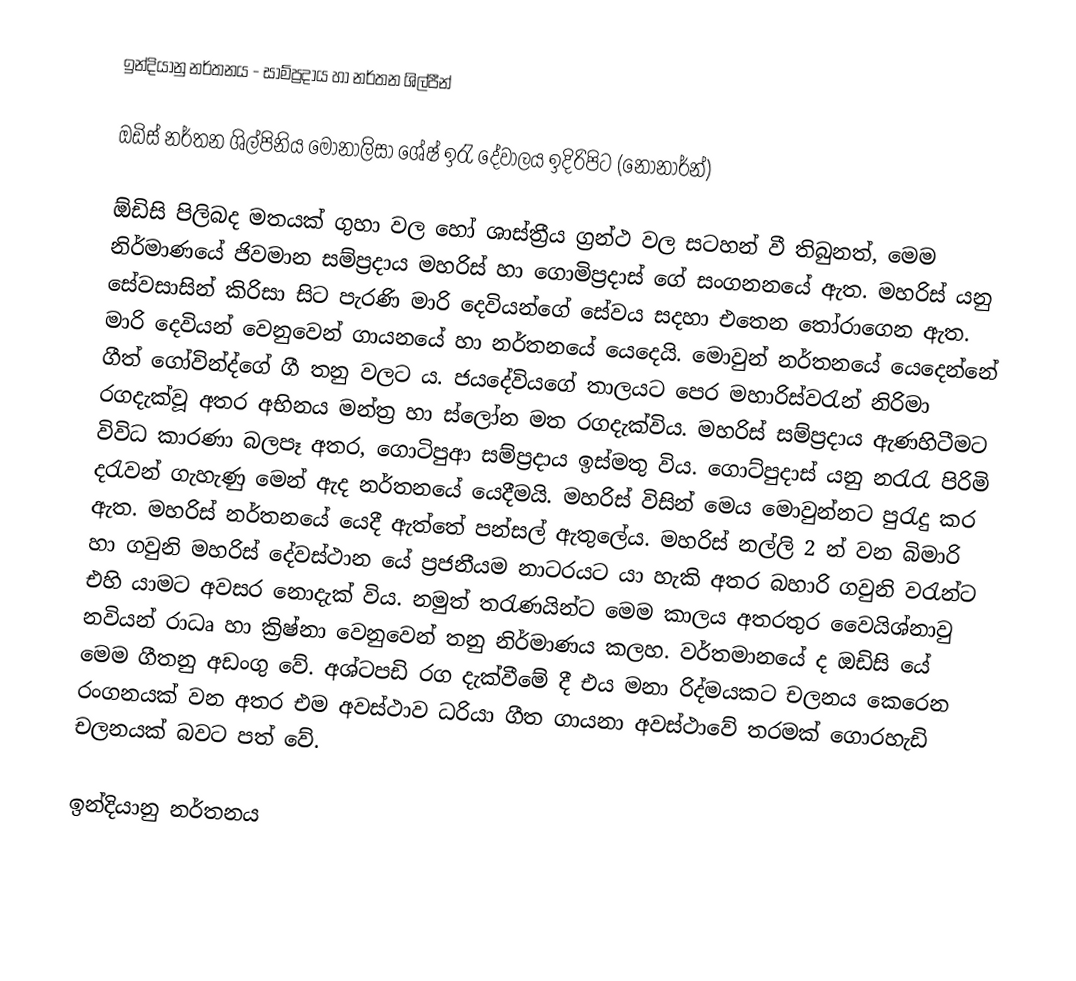
ඉන්දියානු නර්තනය - සාම්ප්‍රදාය හා  නර්තන ශිල්පීන්

ඔඩිස් නර්තන ශිල්පිනිය මොනාලිසා ශේෂ් ඉරැ දේවාලය ඉදිරිපිට (නෝනාර්න්)

ඕඩිසි පිලිබද මතයක් ගුහා වල හෝ ශාස්ත්‍රීය ග්‍රන්ථ වල ස‍ටහන් වී තිබුනත්, මෙම නිර්මාණයේ ජිවමාන සම්ප්‍රදාය මහරිස් හා ගොමිප්‍රදාස් ගේ සංගන‍නයේ ඇත. මහරිස් යනු සේවසාසින් කිරිසා සිට පැරණි මාරි දෙවියන්ගේ සේවය  සදහා එතෙන තෝරාගෙන ඇත. මාරි දෙවියන් වෙනුවෙන් ගායනයේ හා නර්තනයේ යෙදෙයි. මොවුන් නර්තනයේ යෙදෙන්නේ ගීත් ගෝවින්ද්ගේ ගී තනු වලට ය. ජයදේවියගේ තාලයට පෙර මහාරිස්වරැන් නිරිමා රගදැක්වූ අතර අභිනය මන්ත්‍ර හා ස්ලෝන  මත රගදැක්විය. මහරිස් සම්ප්‍රදාය ඇණහිටීමට විවිධ කාරණා බලපෑ අතර, ගොටිපුආ  සම්ප්‍රදාය ඉස්මතු විය. ගොට්පුදාස් යනු නරැරැ පිරිමි දරැවන් ගැහැණු මෙන් ඇද නර්තනයේ  යෙදීමයි. මහරිස් විසින් මෙය මොවුන්නට පුරැදු කර ඇත. මහරිස් නර්තනයේ යෙදී ඇත්තේ පන්සල් ඇතුලේය. මහරිස් නල්ලි 2 න් වන බිමාරි හා ගවුනි මහරිස් දේවස්ථාන යේ ප්‍රජනීයම නාටරයට යා හැකි අතර බහාරි ගවුනි වරැන්ට එහි යාමට අවසර නොදැක් විය. නමුත් තරැණයින්ට මෙම  කාලය  අතරතුර වෛයිශ්නාවු  නවියන් රාධෘ හා ක්‍රිෂ්නා වෙනුවෙන් තනු නිර්මාණය කලහ. වර්තමානයේ ද ඔඩිසි යේ මෙම ගීතනු අඩංගු වේ. අශ්ටපඩි රග දැක්වීමේ දී එය මනා රිද්මයකට චලනය කෙරෙන රංගනයක් වන අතර  එම අවස්ථාව ධරියා ගීත ගායනා අවස්ථාවේ තරමක් ගොරහැඩි චලනයක් බවට පත් වේ.

ඉන්දියානු නර්තනය